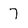
Character: 7